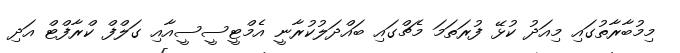
މިމުބާރާތުގައި މިއަދު ކުޅޭ ފުރަތަމަ މެޗްގައި ބައްދަލުކުރާނީ އެމްޓީސީސީއާއި ގަލްފް ކްރާފްޓް އަދި